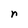
Character: r